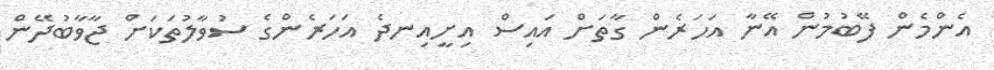
އެންމެން ފޭބުމުން އޭނާ އަހަރެން ގާތަށް އައިސް އިށީއިނދެ އަހަރެންގެ ސުވާލުތަކަށް ޖާވާބުދޭން